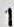
1